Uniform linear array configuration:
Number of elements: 12
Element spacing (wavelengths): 1
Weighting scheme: cosine
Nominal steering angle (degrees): -45
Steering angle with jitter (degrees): -46.227
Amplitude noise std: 0.05
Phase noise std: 0.05

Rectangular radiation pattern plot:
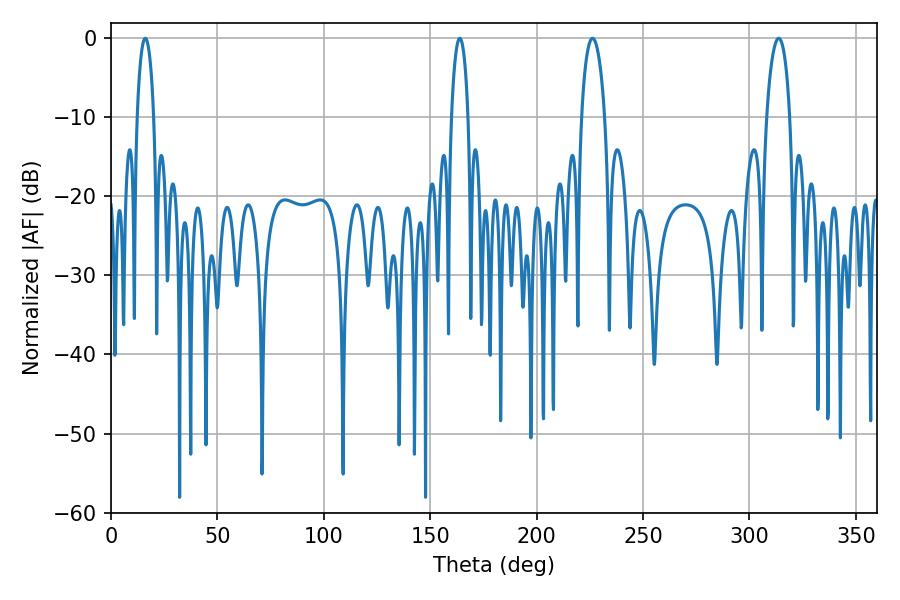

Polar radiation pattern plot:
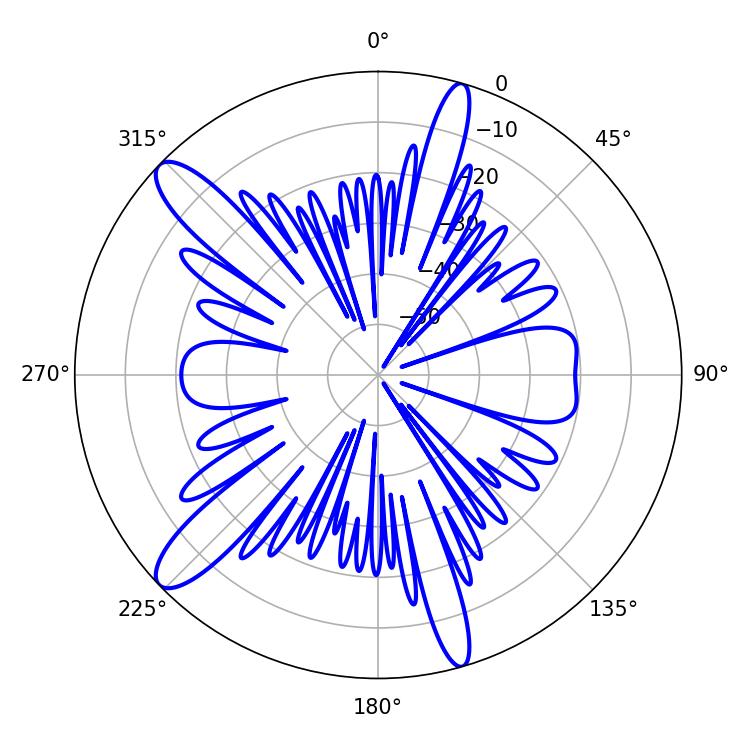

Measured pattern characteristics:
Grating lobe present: TRUE
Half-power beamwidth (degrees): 6.3
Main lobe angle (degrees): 226.26